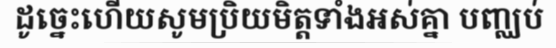
ដូច្នេះហើយសូមប្រិយមិត្តទាំងអស់គ្នា បញ្ឈប់